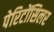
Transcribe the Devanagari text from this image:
पेरिटोंसिलर